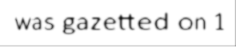
was gazetted on 1